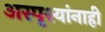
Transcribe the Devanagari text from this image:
अस्पृश्यांनाही